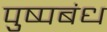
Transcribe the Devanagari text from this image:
पुष्पबंध